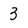
Character: 3